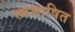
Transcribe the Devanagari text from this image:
स्वभाषित